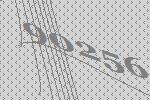
90256